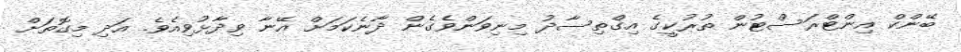
ބޭންކް އިންޓްރަސްޓުން ތުރުކީގެ އިގްތިސާދު މިނިވަންވެގެން ދާނެކަމަށް އޭނާ ވިދާޅުވިއެވެ. އަދި މިގޮތަށް